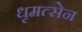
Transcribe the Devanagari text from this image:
धृमत्सेन